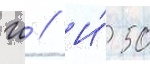
Ш // И́ 50